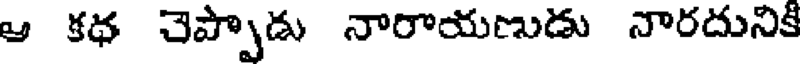
ఆ కథ చెప్పాడు నారాయణుడు నారదునికి